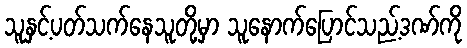
သူနှင့်ပတ်သက်နေသူတို့မှာ သူနောက်ပြောင်သည့်ဒဏ်ကို